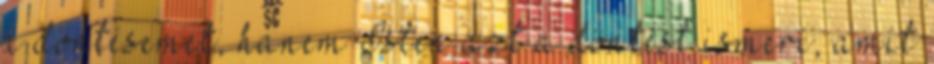
a döntésemet, hanem Isten azt a döntést ismeri, amit